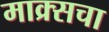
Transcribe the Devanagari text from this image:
माक्र्सचा